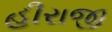
હીરાજી